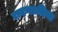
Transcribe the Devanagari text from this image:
रावणप्रतिमा